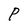
Character: P